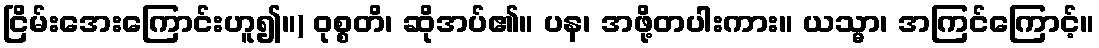
ငြိမ်းအေးကြောင်းဟူ၍။) ဝုစ္စတိ၊ ဆိုအပ်၏။ ပန၊ အဖို့တပါးကား။ ယသ္မာ၊ အကြင်ကြောင့်။